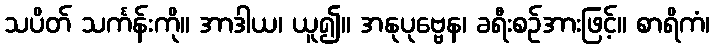
သပိတ် သင်္ကန်းကို။ အာဒါယ၊ ယူ၍။ အနုပုဗ္ဗေန၊ ခရီးစဉ်အားဖြင့်။ စာရိကံ၊